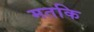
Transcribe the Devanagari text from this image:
मतकि